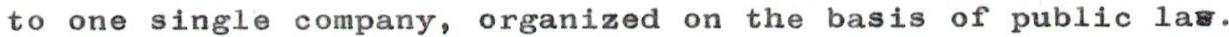
to one single company, organized on the basis of public law.